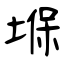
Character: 堢